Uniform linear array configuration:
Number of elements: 16
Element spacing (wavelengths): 1
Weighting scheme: uniform
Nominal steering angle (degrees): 45
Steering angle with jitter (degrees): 43.074
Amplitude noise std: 0.05
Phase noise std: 0.05

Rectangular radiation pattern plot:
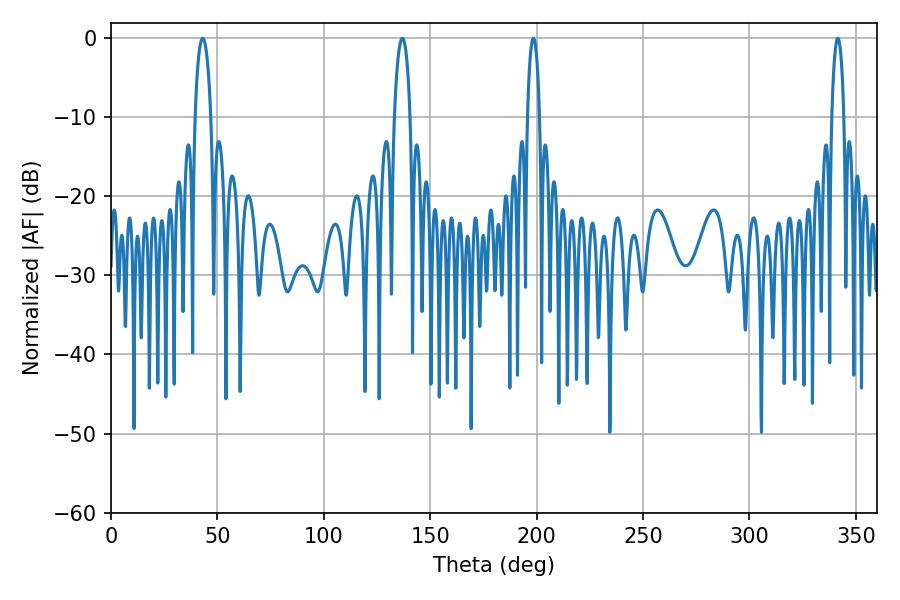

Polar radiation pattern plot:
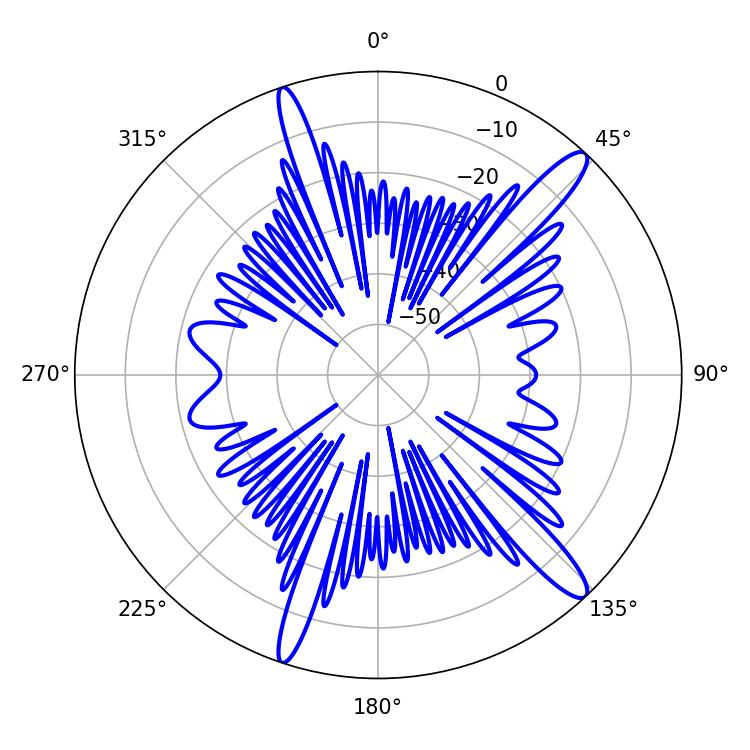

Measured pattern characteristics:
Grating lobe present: TRUE
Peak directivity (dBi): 14.386
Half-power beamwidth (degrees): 4.14
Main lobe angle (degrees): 43.02